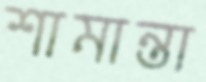
শামান্তা